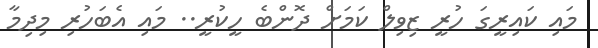
މައި ކައިރީގަ ހުރީ ޒިވިލް ކަމަށް ދޮންބެ ހީކުރީ.. މައި އެބަހުރި މިދިމާ